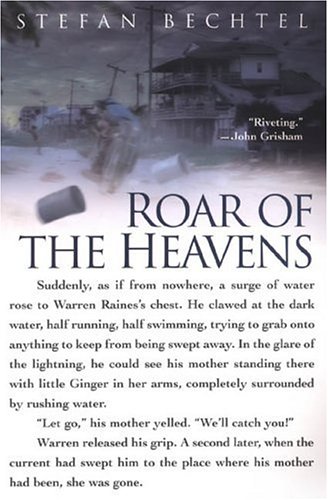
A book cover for Roar of the Heavens: Surviving Hurricane Camille; Stefan Bechtel; Science & Math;